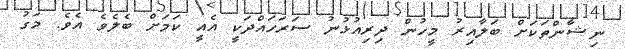
ނިޝާންތަކަށް ބަލާއިރު މީހުން ދިރިއުޅުނު ސަރަހައްދަކީ އެއީ ކަމަށް ބެލެވެ އެވެ. މަގު